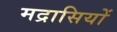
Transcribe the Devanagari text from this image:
मद्रासियों